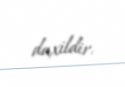
daxildir.